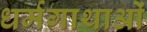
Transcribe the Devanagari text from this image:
धर्मगाथाओं